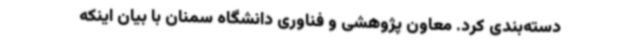
دسته‌بندی کرد. معاون پژوهشی و فناوری دانشگاه سمنان با بیان اینکه